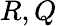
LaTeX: R,Q